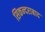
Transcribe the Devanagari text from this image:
सिकन्‍दराबाद